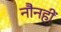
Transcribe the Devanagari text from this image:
नौनहीं